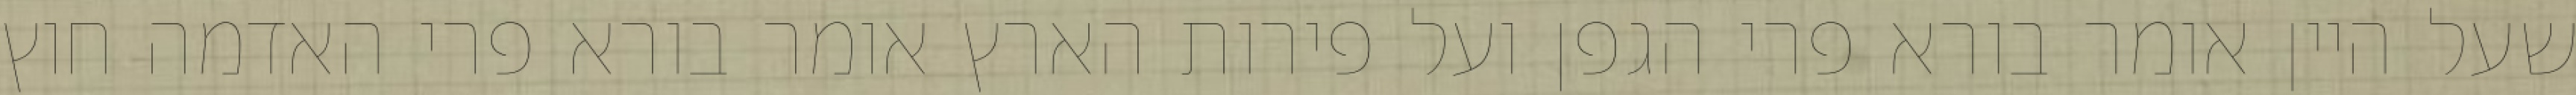
שעל היין אומר בורא פרי הגפן ועל פירות הארץ אומר בורא פרי האדמה חוץ